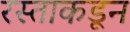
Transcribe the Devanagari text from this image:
रस्ताकडून